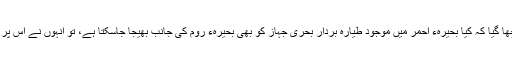
جب امریکی وزیر دفاع سے پوچھا گیا کہ کیا بحیرہء احمر میں موجود طیارہ بردار بحری جہاز کو بھی بحیرہء روم کی جانب بھیجا جاسکتا ہے، تو انہوں نے اس پر کسی تبصرے سے انکار کر دیا۔